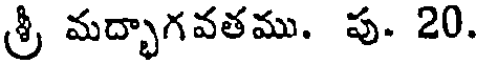
శ్రీ మద్భాగవతము. పు. 20.